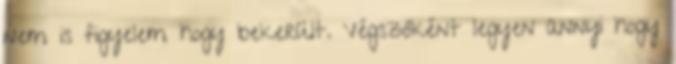
nem is figyelem hogy bekerült. Végszóként legyen annyi hogy